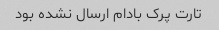
تارت پرک بادام ارسال نشده بود